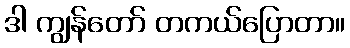
ဒါ ကျွန်တော် တကယ်ပြောတာ။